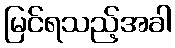
မြင်ရသည့်အခါ